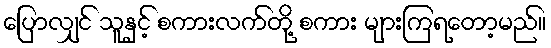
ပြောလျှင် သူနှင့် စကားလက်တို့ စကား များကြရတော့မည်။